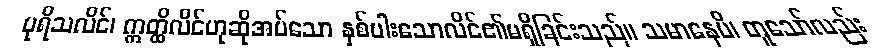
ပုရိသလိင်၊ ဣတ္ထိလိင်ဟုဆိုအပ်သော နှစ်ပါးသောလိင်၏မရှိခြင်းသည်။ သမာနေပိ၊ တူသော်လည်း